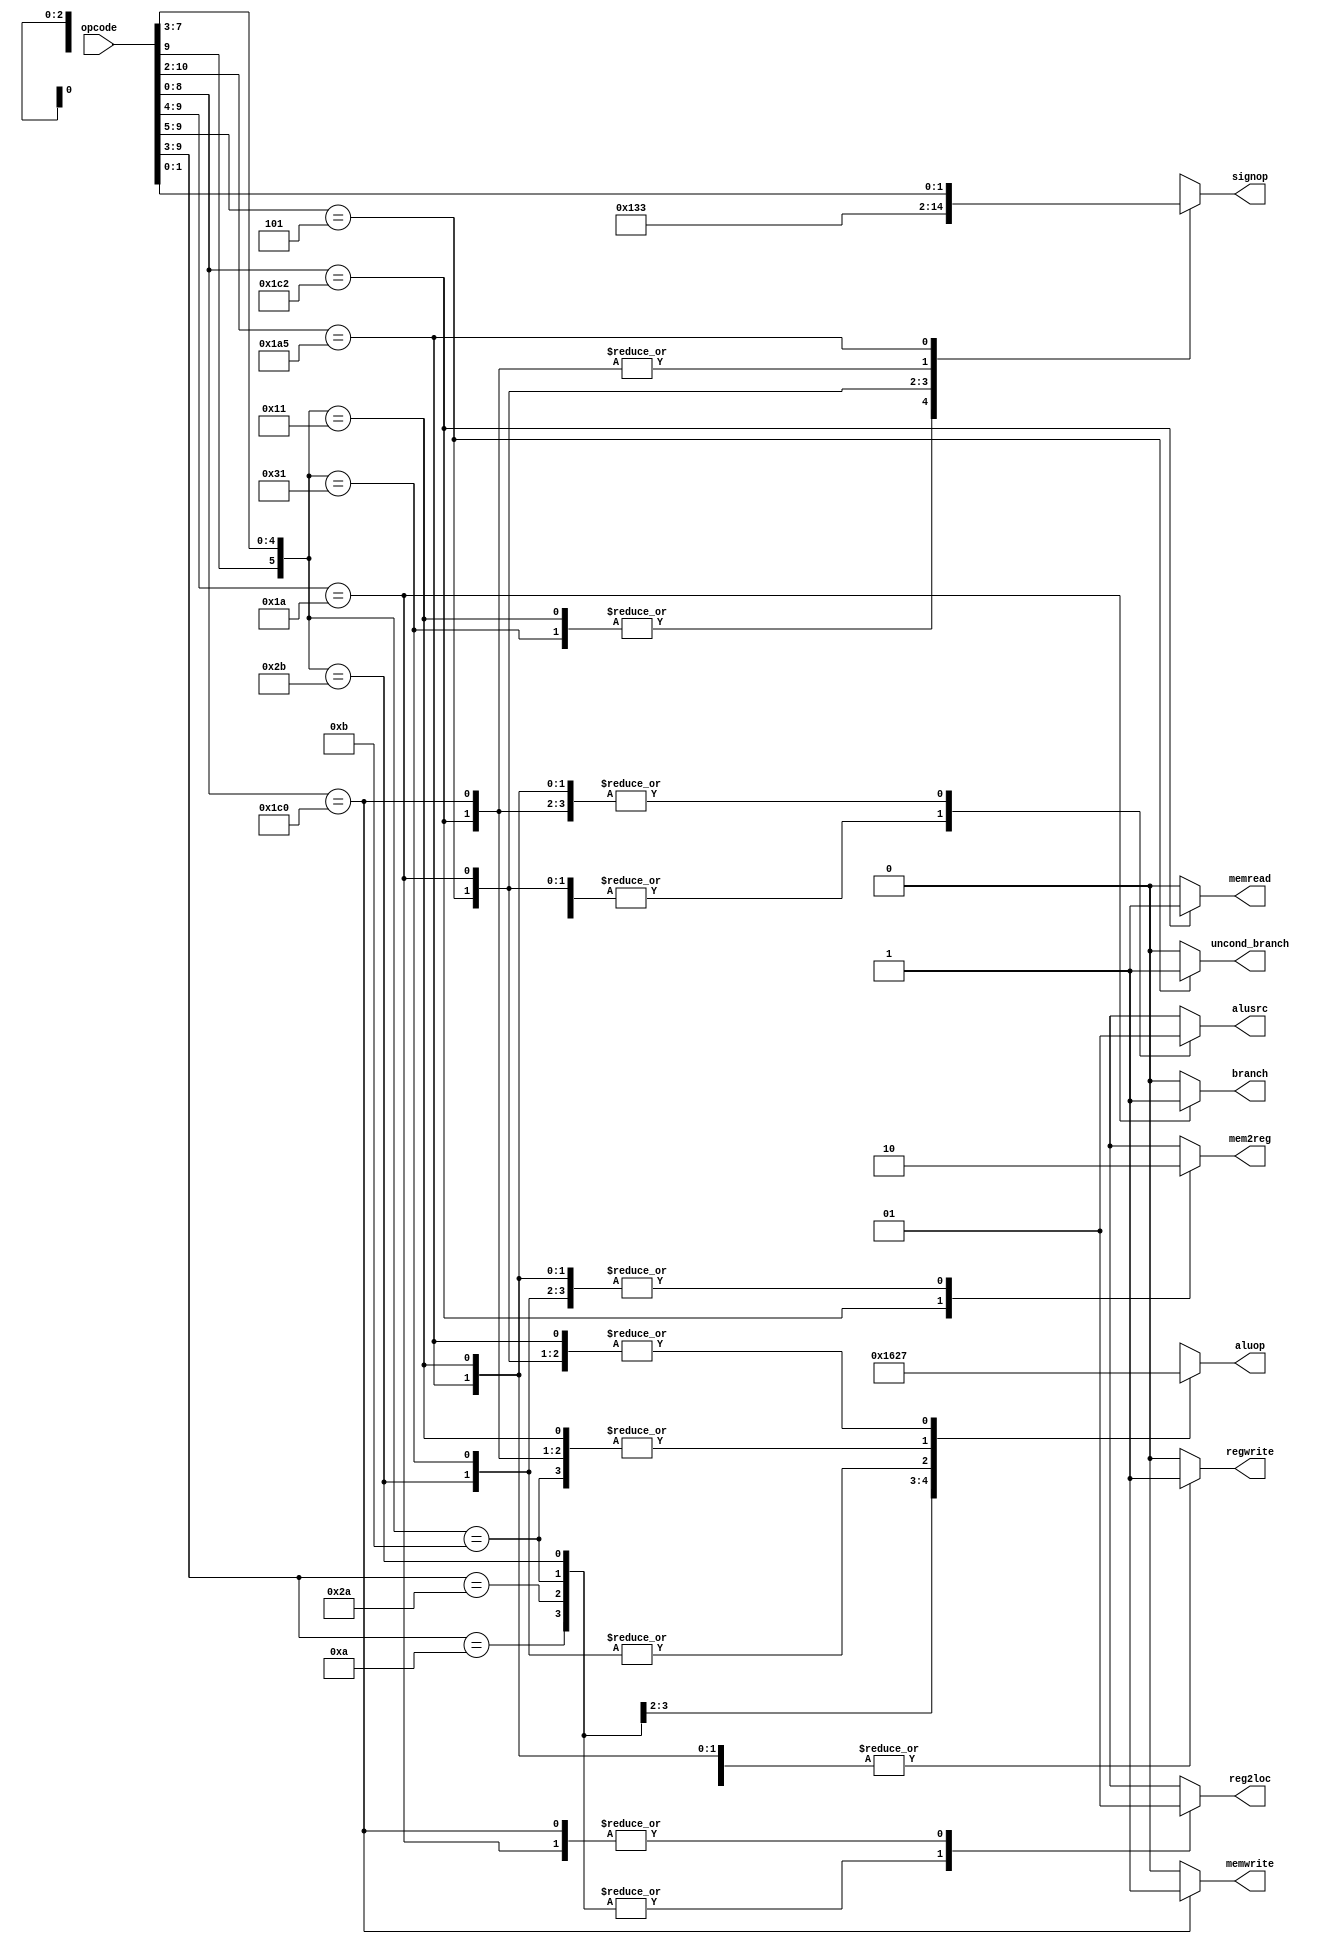
`define OPCODE_ANDREG 11'b?0001010???
`define OPCODE_ORRREG 11'b?0101010???
`define OPCODE_ADDREG 11'b?0?01011???
`define OPCODE_SUBREG 11'b?1?01011???
`define OPCODE_ADDIMM 11'b?0?10001???
`define OPCODE_SUBIMM 11'b?1?10001???
`define OPCODE_MOVZ   11'b110100101??
`define OPCODE_B      11'b?00101?????
`define OPCODE_CBZ    11'b?011010????
`define OPCODE_LDUR   11'b??111000010
`define OPCODE_STUR   11'b??111000000

module control(
    output reg reg2loc,
    output reg alusrc,
    output reg mem2reg,
    output reg regwrite,
    output reg memread,
    output reg memwrite,
    output reg branch,
    output reg uncond_branch,
    output reg [3:0] aluop,
    output reg [2:0] signop,
    input [10:0] opcode
);

always @(*)
begin
    casez (opcode)
    
    `OPCODE_ANDREG : 
        begin // AND
	    reg2loc       <= 1'b0;
            alusrc        <= 1'b0;
            mem2reg       <= 1'b0;
            regwrite      <= 1'b1;
            memread       <= 1'b0;
            memwrite      <= 1'b0;
            branch        <= 1'b0;
            uncond_branch <= 1'b0;
            aluop         <= 4'b0000;
            signop        <= 3'bxx;
	end
		
    `OPCODE_ORRREG : // ORR
	begin
	    reg2loc       <= 1'b0;
            alusrc        <= 1'b0;
            mem2reg       <= 1'b0;
            regwrite      <= 1'b1;
            memread       <= 1'b0;
            memwrite      <= 1'b0;
            branch        <= 1'b0;
            uncond_branch <= 1'b0;
            aluop         <= 4'b0001;
            signop        <= 3'bxx;
	end
		
    `OPCODE_ADDREG : // ADDR
	begin
	    reg2loc       <= 1'b0;
            alusrc        <= 1'b0;
            mem2reg       <= 1'b0;
            regwrite      <= 1'b1;
            memread       <= 1'b0;
            memwrite      <= 1'b0;
            branch        <= 1'b0;
            uncond_branch <= 1'b0;
            aluop         <= 4'b0010;
            signop        <= 3'bxx;
	end
		
    `OPCODE_SUBREG : // SUBR
	begin
	    reg2loc       <= 1'b0;
            alusrc        <= 1'b0;
            mem2reg       <= 1'b0;
            regwrite      <= 1'b1;
            memread       <= 1'b0;
            memwrite      <= 1'b0;
            branch        <= 1'b0;
            uncond_branch <= 1'b0;
            aluop         <= 4'b0110;
            signop        <= 3'bxx;
	end
		
    `OPCODE_ADDIMM : // ADDI			
	begin
	    reg2loc       <= 1'bx;
            alusrc        <= 1'b1;
            mem2reg       <= 1'b0;
            regwrite      <= 1'b1;
            memread       <= 1'b0;
            memwrite      <= 1'b0;
            branch        <= 1'b0;
            uncond_branch <= 1'b0;
            aluop         <= 4'b0010;
            signop        <= 3'b00;
	end
		
    `OPCODE_SUBIMM : // SUBI			
	begin
	    reg2loc       <= 1'bx;
            alusrc        <= 1'b1;
            mem2reg       <= 1'b0;
            regwrite      <= 1'b1;
            memread       <= 1'b0;
            memwrite      <= 1'b0;
            branch        <= 1'b0;
            uncond_branch <= 1'b0;
            aluop         <= 4'b0110;
            signop        <= 3'b00;
	end
		
    `OPCODE_B : // B
	begin
	    reg2loc       <= 1'bx;
            alusrc        <= 1'b0;
            mem2reg       <= 1'bx;
            regwrite      <= 1'b0;
            memread       <= 1'b0;
            memwrite      <= 1'b0;
            branch        <= 1'b0;
            uncond_branch <= 1'b1;
            aluop         <= 4'b0111;
            signop        <= 3'b10;
	end
		
    `OPCODE_CBZ : // CBZ
	begin
	    reg2loc       <= 1'b1;
            alusrc        <= 1'b0;
            mem2reg       <= 1'bx;
            regwrite      <= 1'b0;
            memread       <= 1'b0;
            memwrite      <= 1'b0;
            branch        <= 1'b1;
            uncond_branch <= 1'b0;
            aluop         <= 4'b0111;
            signop        <= 3'b11;
	end
		
    `OPCODE_LDUR : // LDUR
	begin
	    reg2loc       <= 1'bx;
            alusrc        <= 1'b1;
            mem2reg       <= 1'b1;
            regwrite      <= 1'b1;
            memread       <= 1'b1;
            memwrite      <= 1'b0;
            branch        <= 1'b0;
            uncond_branch <= 1'b0;
            aluop         <= 4'b0010;
            signop        <= 3'b01;
	end
		
    `OPCODE_STUR : //STUR
	begin
	    reg2loc       <= 1'b1;
            alusrc        <= 1'b1;
            mem2reg       <= 1'bx;
            regwrite      <= 1'b0;
            memread       <= 1'b0;
            memwrite      <= 1'b1;
            branch        <= 1'b0;
            uncond_branch <= 1'b0;
            aluop         <= 4'b0010;
            signop        <= 3'b01;
	end
	
    `OPCODE_MOVZ : // MOVZ
	begin
	    reg2loc       <= 1'bx;
            alusrc        <= 1'b1;
            mem2reg       <= 1'b0;
            regwrite      <= 1'b1;
            memread       <= 1'b0;
            memwrite      <= 1'b0;
            branch        <= 1'b0;
            uncond_branch <= 1'b0;
            aluop         <= 4'b0111;
            signop        <= {1'b1, opcode[1:0]};
	end

        default:
        begin
            reg2loc       <= 1'bx;
            alusrc        <= 1'bx;
            mem2reg       <= 1'bx;
            regwrite      <= 1'b0;
            memread       <= 1'b0;
            memwrite      <= 1'b0;
            branch        <= 1'b0;
            uncond_branch <= 1'b0;
            aluop         <= 4'bxxxx;
            signop        <= 3'bxx;
        end
    endcase
end

endmodule